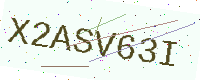
Text: X2ASV63I